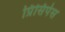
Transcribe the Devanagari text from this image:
प्रिंसिपेस